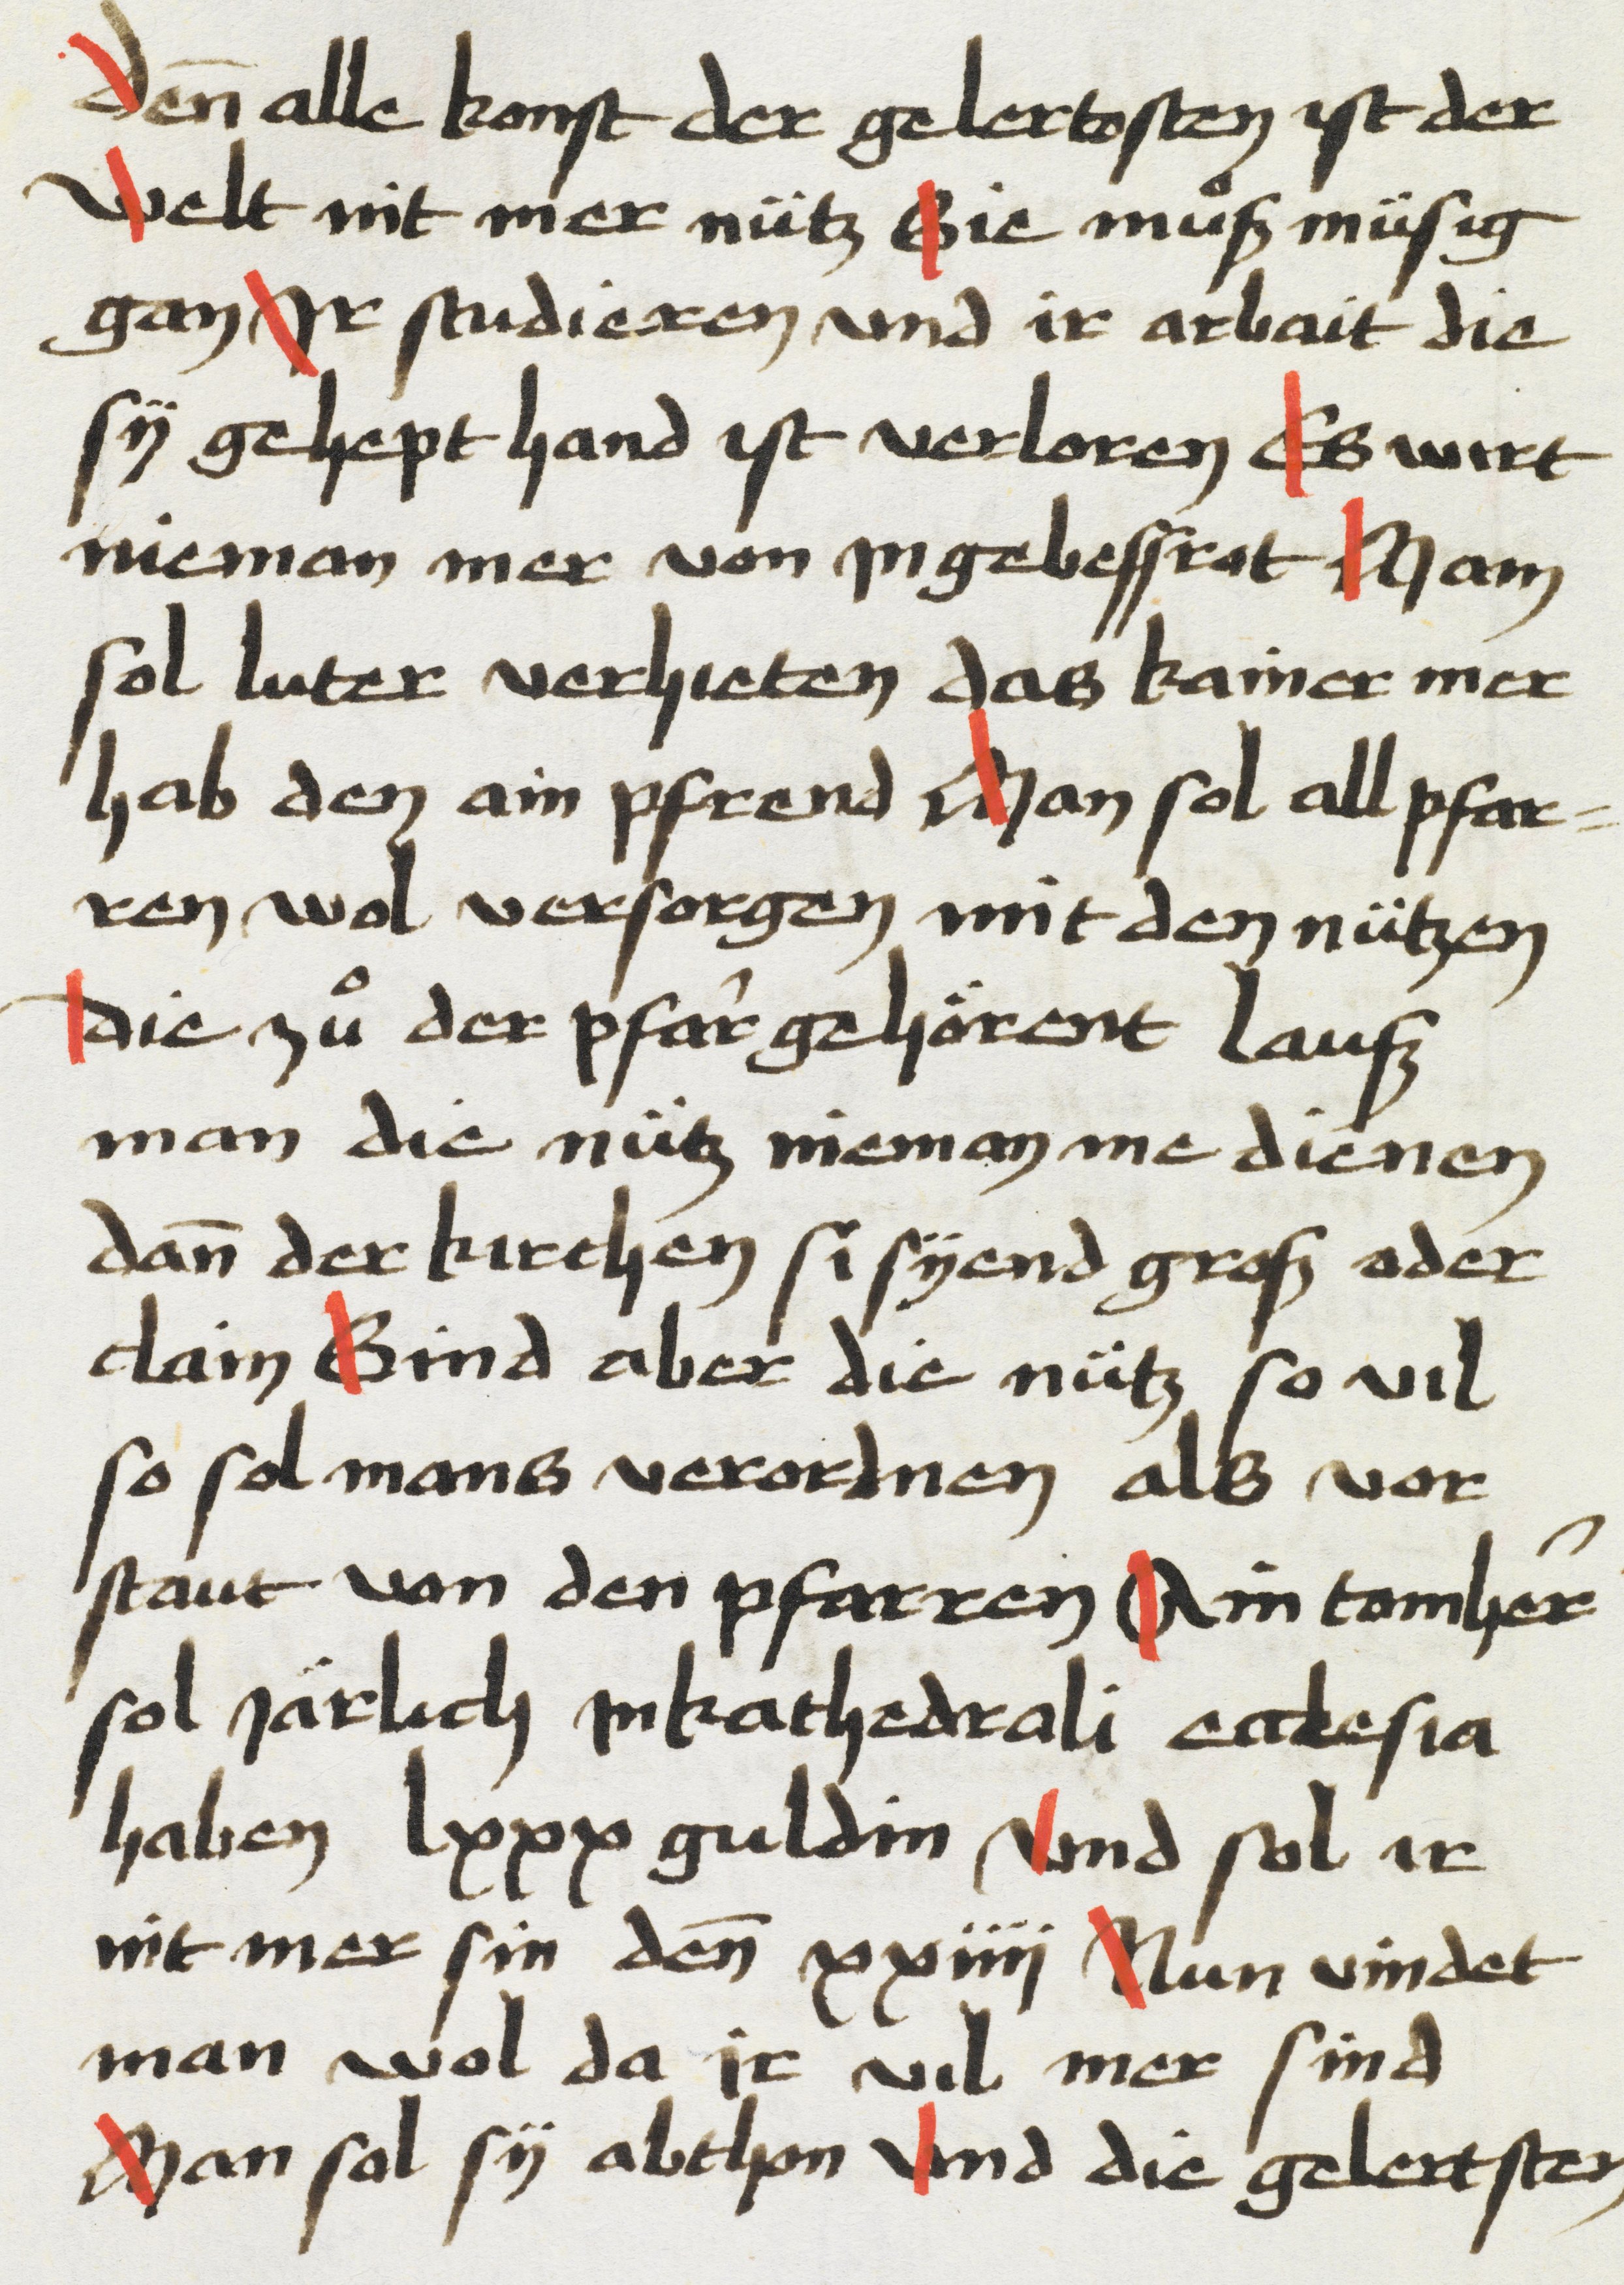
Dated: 1469–1469